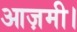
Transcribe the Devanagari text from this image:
आज़मी।